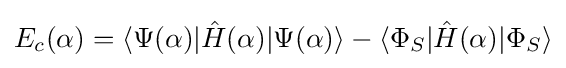
E_{c}(\alpha )=\langle \Psi (\alpha )|{\hat {H}}(\alpha )|\Psi (\alpha )\rangle -\langle \Phi _{S}|{\hat {H}}(\alpha )|\Phi _{S}\rangle